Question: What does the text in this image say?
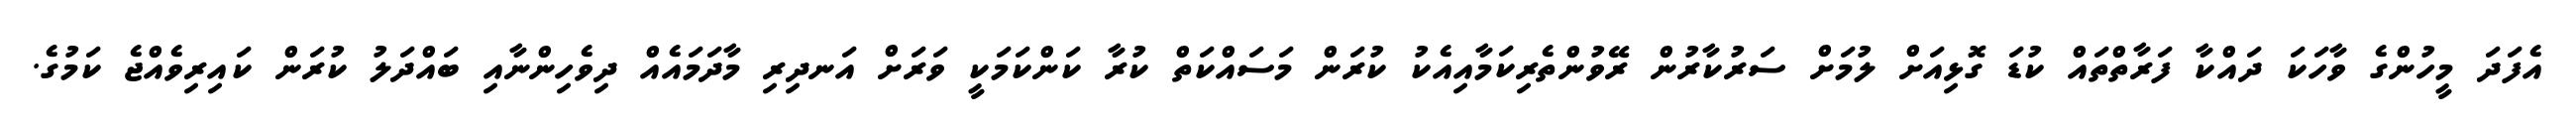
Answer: އެފަދަ މީހުންގެ ވާހަކަ ދައްކާ ފަރާތްތައް ކުޑަ ގޮޅިއަށް ލުމަށް ސަރުކާރުން ރޭވުންތެރިކަމާއިއެކު ކުރަން މަސައްކަތް ކުރާ ކަންކަމަކީ ވަރަށް އަނދިރި މާދަމައެއް ދިވެހިންނާއި ބައްދަލު ކުރަން ކައިރިވެއްޖެ ކަމުގެ.